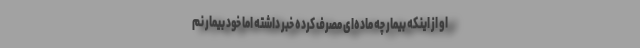
او از اینکه بیمار چه ماده‌ای مصرف کرده خبر داشته اما خود بیمار نم